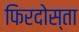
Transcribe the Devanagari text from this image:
फिरदोस्ता